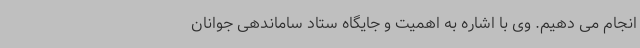
انجام می دهیم. وی با اشاره به اهمیت و جایگاه ستاد ساماندهی جوانان